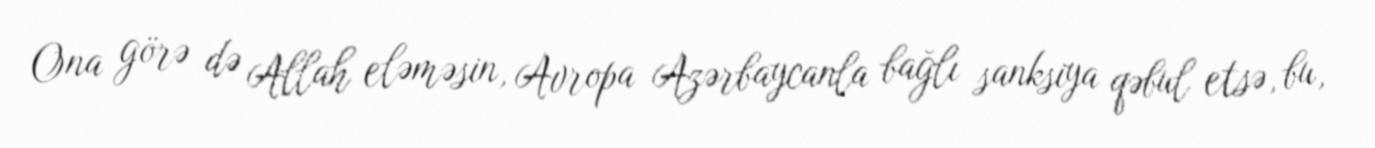
Ona görə də Allah eləməsin, Avropa Azərbaycanla bağlı sanksiya qəbul etsə, bu,